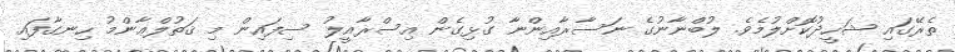
ތެރޭގައި ޝަހީދުކޮށްލުމެވެ. ލުބްނާނުގެ ނަސާރާއިންނާ ގުޅިގެން އިސްރާއީލު ސިފައިން މި ޤަތުލްޢާންމު ހިނގާފައި